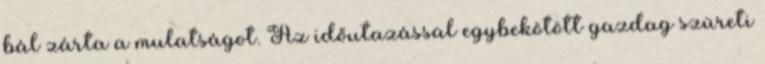
bál zárta a mulatságot. Az időutazással egybekötött gazdag szüreti